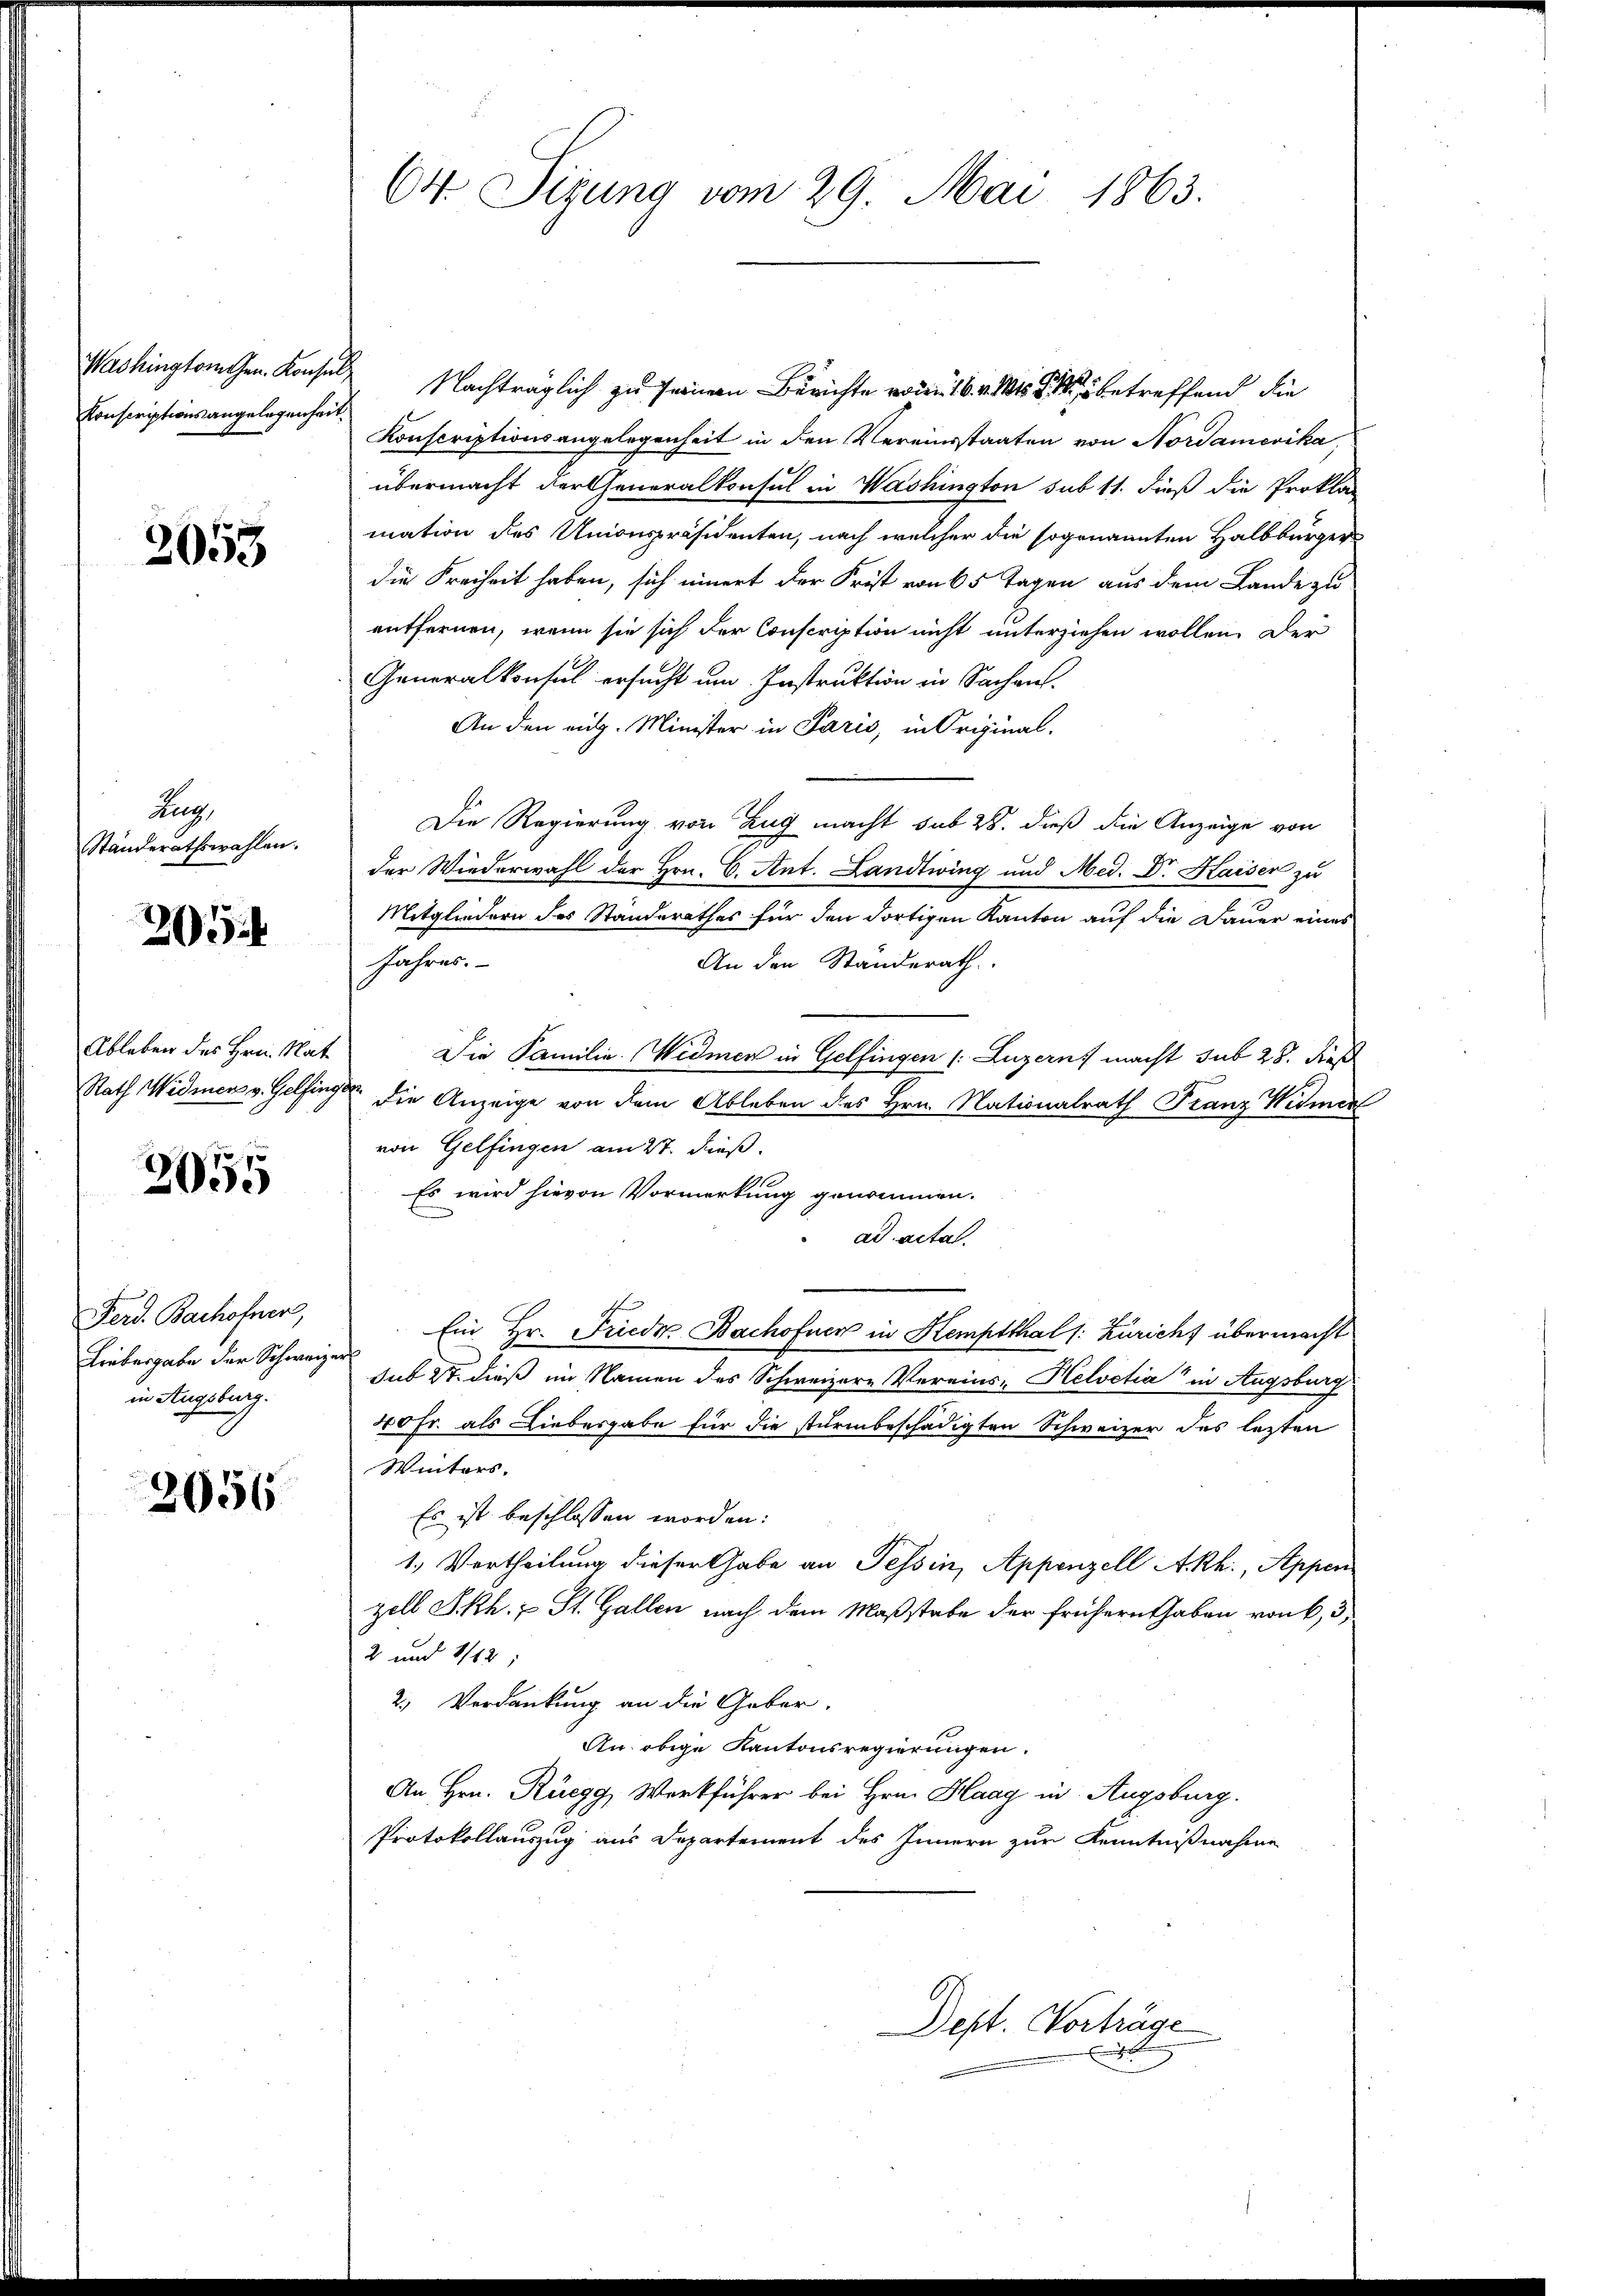
Konscriptionsangelegenheit,

2053

Zug
Standerathswahlen.

305 f

Ableben des Hrn. Rat.

2055

Ferd. Bachofner,
Liebergabe der Schweizer
in Augsburg.

2656

Washingtonen. Konsul Nachträglich zu seiner Berichte von 1614 betreffend die
Konscriptionsangelegenheit in den Vereinsstaaten von Nordamerika,
übermacht der Generalkonsul in Washington sub 11. dieß die Prokla-
mation des Unionspräsidenten, nach welcher die sogenannten Halbbürger
die Freiheit haben, sich innert der Frist von 65 Tagen aus dem Lande zu
entfernen, wenn sie sich der Conscription nicht unterziehen wollen. Der
Generalkonsul ersucht um Instruktion in Sachen.
An den eidg. Minister in Paris, in Original-
Die Regierung von Zug macht sub 28. dieß die Anzeige von
der Wiederwahl der Hrn. C. Ant. Landtwing und Med. Dr. Kaiser zu
Mitgliedern des Standerathes für den dortigen Kanton auf die Dauer eines
Jahres.
An den Standerath
Die Familie Widmen in Gelfingen (: Luzern, macht sub 28. Fe
Rath Widmers v. Gelfinger die Anzeige von dem Ableben des Hrn. Nationalrath Franz Widmer
von Gelfingen am 27. dieß.
Es wird hievon Vormerkung genommen.
ad actat.
Ein Hr. Friede Bachofner in Kemptthal (: Züricht übermacht
sub 8t. dieß im Namen des Schweizere Vereins- Helvetia" in Augsburg
40 Fr. als Liebesgabe für die sturmbeschädigten Schweizer des lezten
Winters.
Es ist beschlossen worden:
1., Vertheilung dieser Gabe an Tessin, Appenzell A.Rh., Appen
zell S. Rh.; St. Gallen nach dem Maßstabe der frühern haben von 6, 3
2 und 1182
2.) Verdankung an die Geber.
An obige Kantonsregierungen.
An Hrn. Rüegg, Werkführer bei Hrn. Haag in Augsburg.
Protokollauszug aus Departement des Innern zur Kenntnißnahme

(4 Sizung vom 29. Mai 1863.

Dept. Vorträge
E